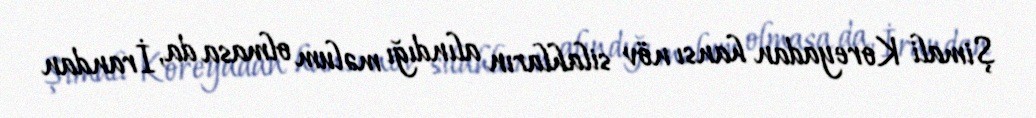
Şimali Koreyadan hansı növ silahların alındığı məlum olmasa da, İrandan